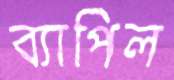
ব্যাপিল